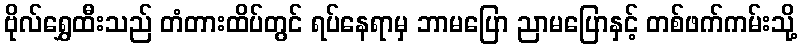
ဗိုလ်ရွှေထီးသည် တံတားထိပ်တွင် ရပ်နေရာမှ ဘာမပြော ညာမပြောနှင့် တစ်ဖက်ကမ်းသို့